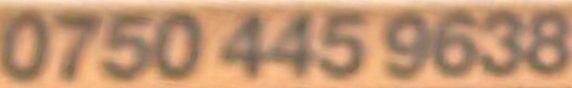
0750 445 9638